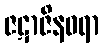
ဇဋာဇိနဓရာ